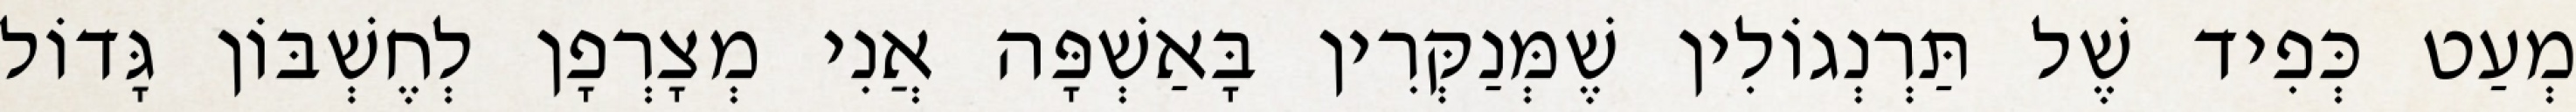
מְעַט כְּפִיד שֶׁל תַּרְנְגוֹלִין שֶׁמְּנַקְּרִין בָּאַשְׁפָּה אֲנִי מְצָרְפָן לְחֶשְׁבּוֹן גָּדוֹל